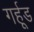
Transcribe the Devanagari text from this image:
गर्हूड